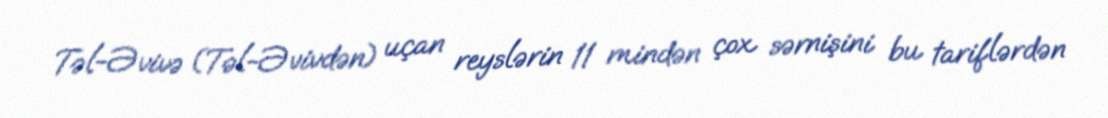
Təl-Əvivə (Təl-Əvivdən) uçan reyslərin 11 mindən çox sərnişini bu tariflərdən